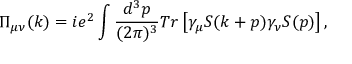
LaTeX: \Pi _ { \mu \nu } ( k ) = i e ^ { 2 } \int { { \frac { d ^ { 3 } p } { ( 2 \pi ) ^ { 3 } } } T r \left[ \gamma _ { \mu } S ( k + p ) \gamma _ { \nu } S ( p ) \right] } \, ,